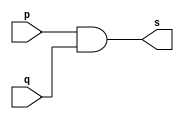
 
// ------------------------- 
// Exemplo0003 - AND
// Nome: Ederson Cristiano Nunes 
// Versao: 0.3
// ------------------------- 
 
// -------------------------
// -- and gate
// -------------------------
module andgate ( output s,
                          input p,
                          input q);
 assign s = p & q;
endmodule // andgate
// ---------------------
// -- test and gate
// ---------------------
module testandgate;
// ------------------------- dados locais
   reg a, b; // definir registradores
   wire s; // definir conexao (fio)
// ------------------------- instancia
   andgate AND1 (s, a, b);
// ------------------------- preparacao
   initial begin:start
      a=0; b=0;
   end
// ------------------------- parte principal
   initial begin
     $display("Exemplo0003 - Ederson Cristiano - 438964");
     $display("Test AND gate");
     $display("\na & b = s\n");
     a=0; b=0;
  #1 $display("%b & %b = %b", a, b, s);
     a=0; b=1;
  #1 $display("%b & %b = %b", a, b, s);
     a=1; b=0;
  #1 $display("%b & %b = %b", a, b, s);
     a=1; b=1;
  #1 $display("%b & %b = %b", a, b, s);
 end
endmodule // testandgate
 
//Exemplo0003 - Ederson Cristiano - 438964
    //Test AND gate
    
    //a & b = s
    
    //0 & 0 = 0
    //0 & 1 = 0
    //1 & 0 = 0
    //1 & 1 = 1